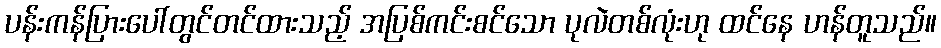
ပန်းကန်ပြားပေါ်တွင်တင်ထားသည့် အပြစ်ကင်းစင်သော ပုလဲတစ်လုံးဟု ထင်နေ ဟန်တူသည်။